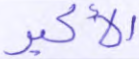
الأكبر